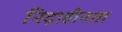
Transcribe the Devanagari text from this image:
निद्राहीनता